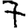
Digit: 7